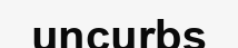
uncurbs